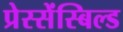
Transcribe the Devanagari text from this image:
प्रेस्सेंस्बिल्ड